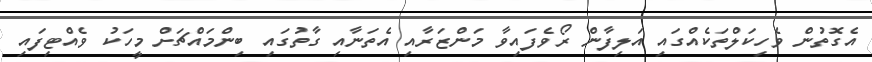
އެގޮތުން ވެހިކަލްތަކެއްގައި އަލިފާން ރޯވެފައިވާ މަންޒަރާއި އެތަނާއި ގާތުގައި ބިންމައްޗަށް މީހަކު ވެއްޓިފައި